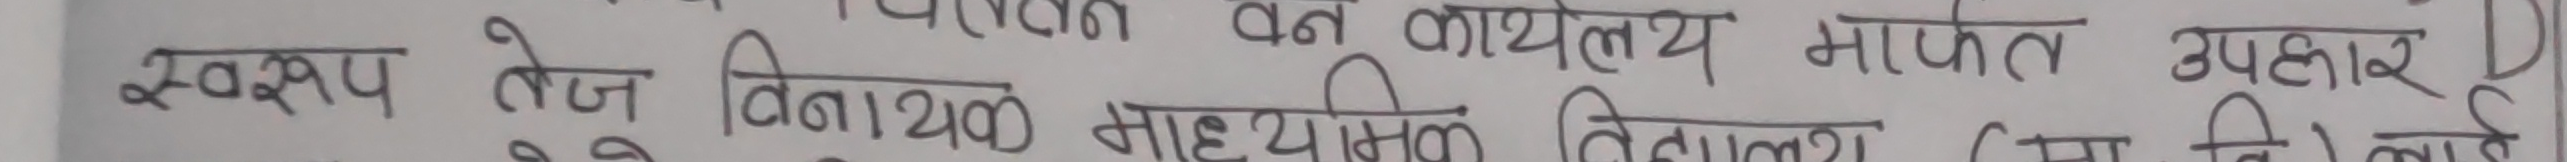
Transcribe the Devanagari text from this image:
स्वरुप लोन वितीयक माध्यम बिराटनगर ।